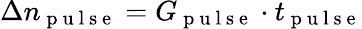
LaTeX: \Delta n_{\mathrm{~p~u~l~s~e~}}=G_{\mathrm{~p~u~l~s~e~}}\cdot t_{\mathrm{~p~u~l~s~e~}}